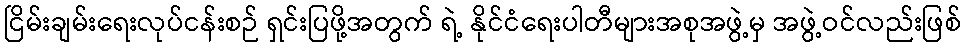
ငြိမ်းချမ်းရေးလုပ်ငန်းစဉ် ရှင်းပြဖို့အတွက် ရဲ့ နိုင်ငံရေးပါတီများအစုအဖွဲ့မှ အဖွဲ့ဝင်လည်းဖြစ်